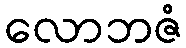
လောဘဇံ